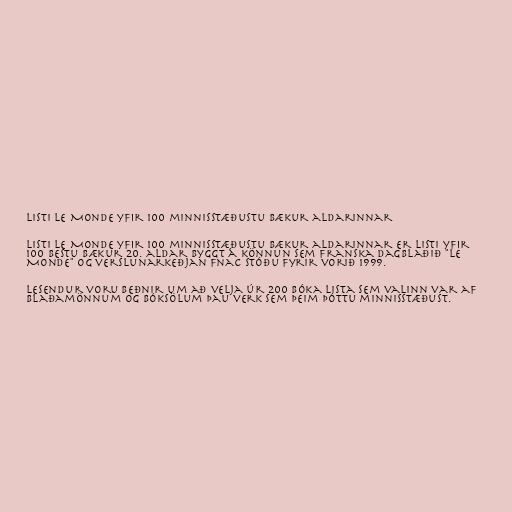
Listi Le Monde yfir 100 minnisstæðustu bækur aldarinnar

Listi Le Monde yfir 100 minnisstæðustu bækur aldarinnar er listi yfir
100 bestu bækur 20. aldar byggt á könnun sem franska dagblaðið "Le
Monde" og verslunarkeðjan Fnac stóðu fyrir vorið 1999.

Lesendur voru beðnir um að velja úr 200 bóka lista sem valinn var af
blaðamönnum og bóksölum þau verk sem þeim þóttu minnisstæðust.